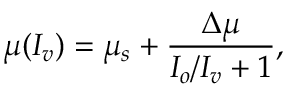
\mu ( I _ { v } ) = \mu _ { s } + \frac { \Delta \mu } { I _ { o } / I _ { v } + 1 } ,